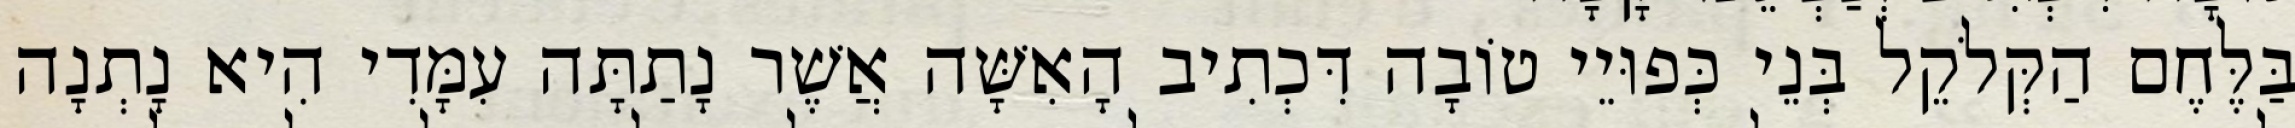
בַּלֶּחֶם הַקְּלֹקֵל בְּנֵי כְּפוּיֵי טוֹבָה דִּכְתִיב הָאִשָּׁה אֲשֶׁר נָתַתָּה עִמָּדִי הִיא נָתְנָה